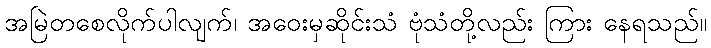
အမြဲတစေလိုက်ပါလျက်၊ အဝေးမှဆိုင်းသံ ဗုံသံတို့လည်း ကြား နေရသည်။